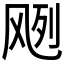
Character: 𱃘